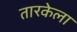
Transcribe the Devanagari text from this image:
तारकेला